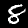
Digit: 8